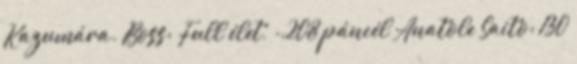
Kazumára. Boss: Full élet, -208 páncél Anatole Saito: 130